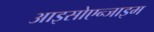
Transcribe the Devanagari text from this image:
आइसोएन्जाइम